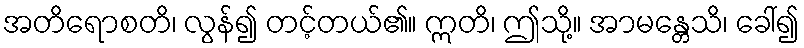
အတိရောစတိ၊ လွန်၍ တင့်တယ်၏။ ဣတိ၊ ဤသို့။ အာမန္တေသိ၊ ခေါ်၍